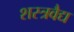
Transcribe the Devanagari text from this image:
शस्त्रवैद्य